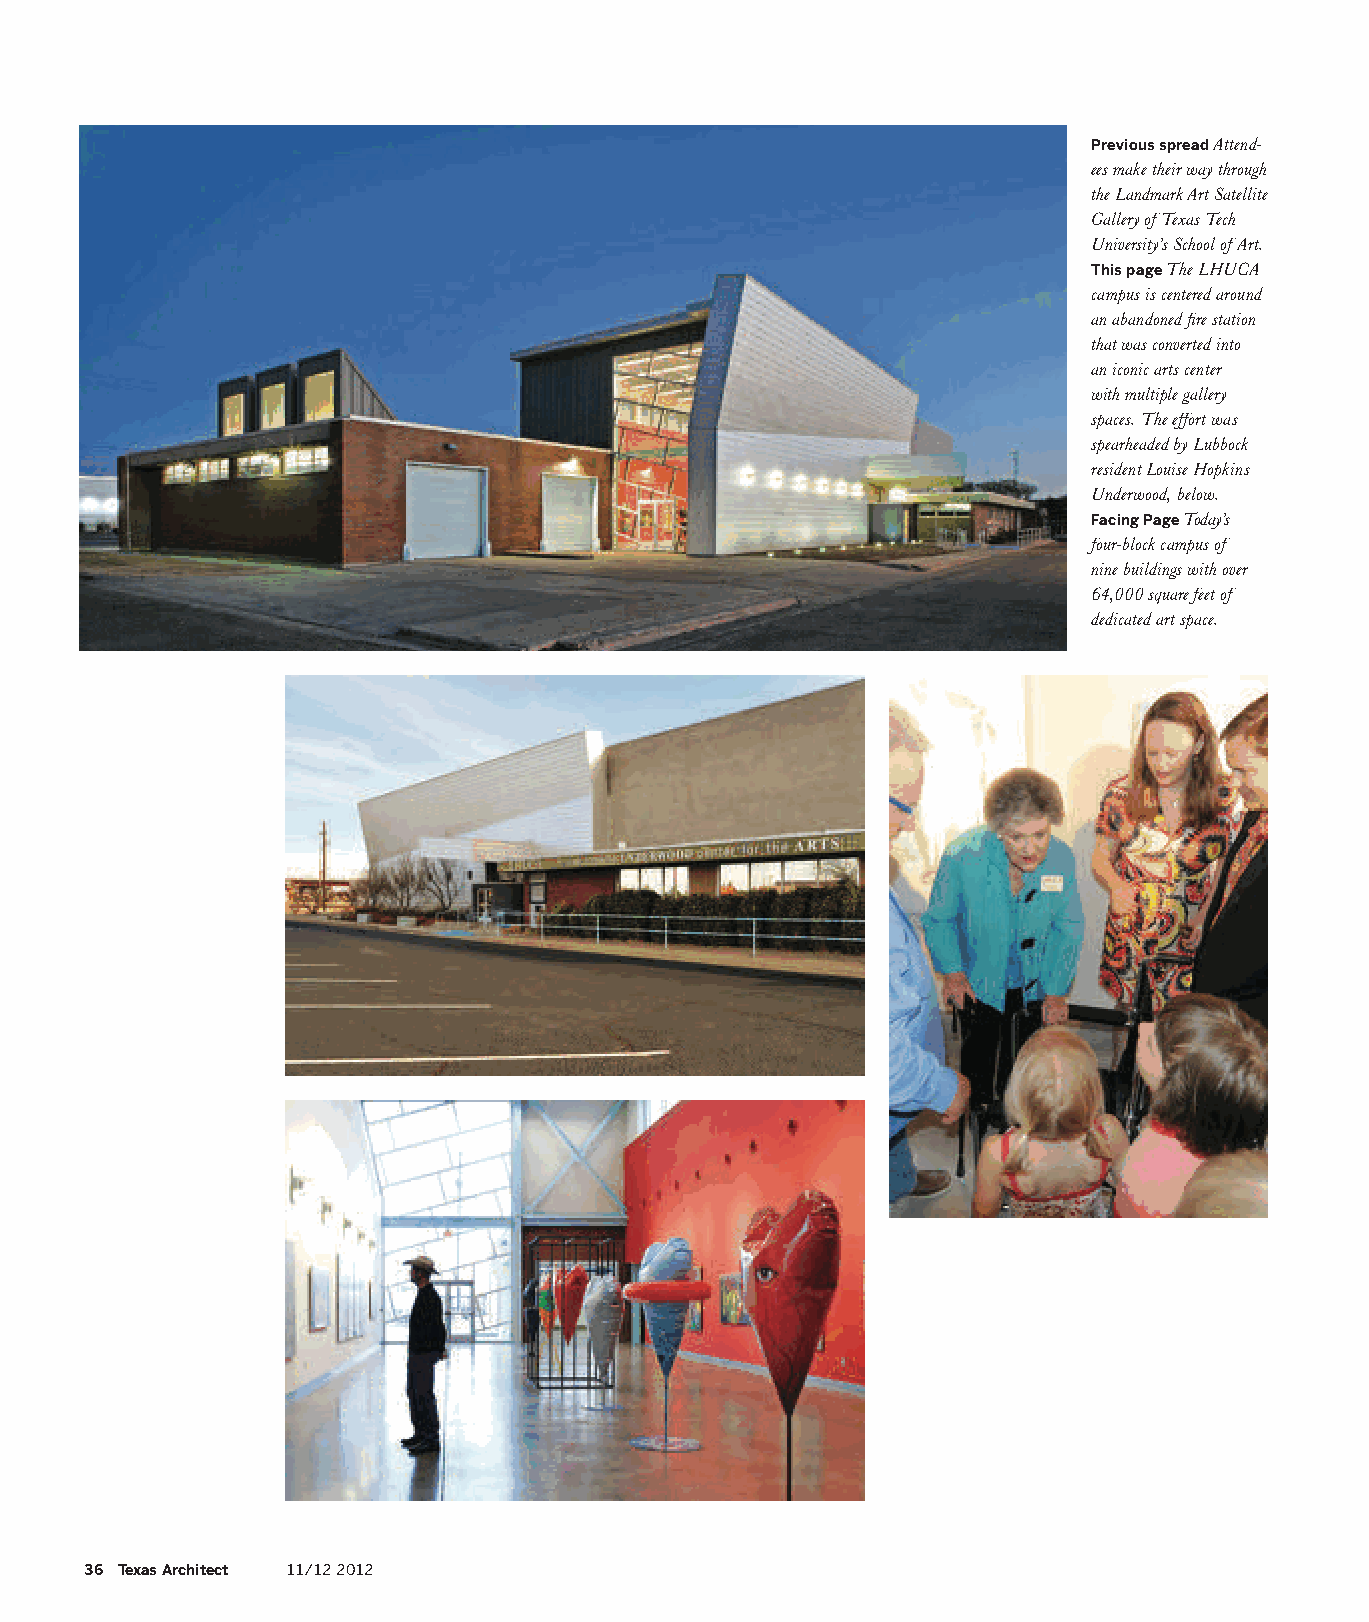
Previous spread Attend-
 ees make their way through
 the Landmark Art Satellite
 Gallery of Texas Tech
 University’s School of Art.
 This page The LHUCA
 campus is centered around
 an abandoned fire station
 that was converted into
 an iconic arts center
 with multiple gallery
 spaces. The effort was
 spearheaded by Lubbock
 resident Louise Hopkins
 Underwood, below.
 Facing Page Today’s
 four-block campus of
 nine buildings with over
 64,000 square feet of
 dedicated art space.
 36 Texas Architect 11/12 2012